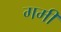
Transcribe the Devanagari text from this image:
गमी